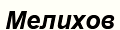
Мелихов